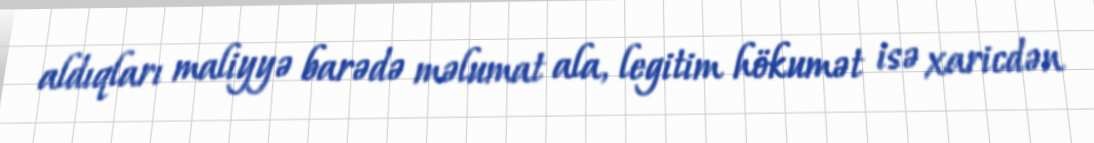
aldıqları maliyyə barədə məlumat ala, legitim hökumət isə xaricdən